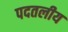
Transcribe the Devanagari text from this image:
पदतलीय